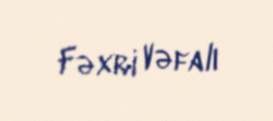
Fəxri Vəfalı